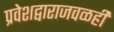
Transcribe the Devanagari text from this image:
प्रवेशद्वाराजवळही